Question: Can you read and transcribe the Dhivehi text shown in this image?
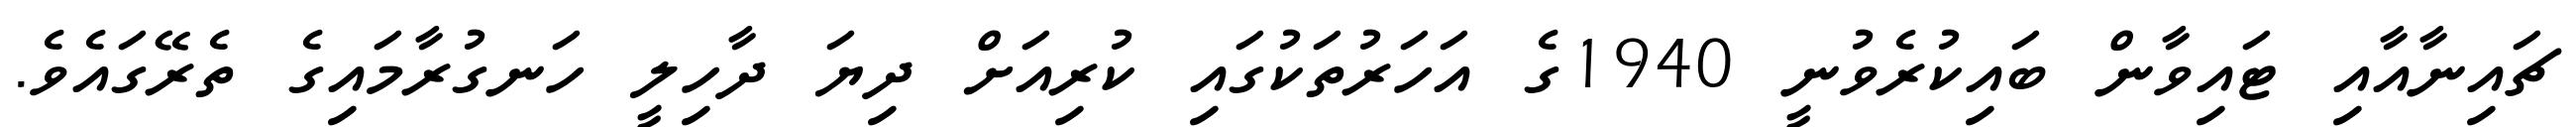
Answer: ޗައިނާއާއި ޓައިވާން ބައިކުރެވުނީ 1940ގެ އަހަރުތަކުގައި ކުރިއަށް ދިޔަ ދާހިލީ ހަނގުރާމައިގެ ތެރޭގައެވެ.